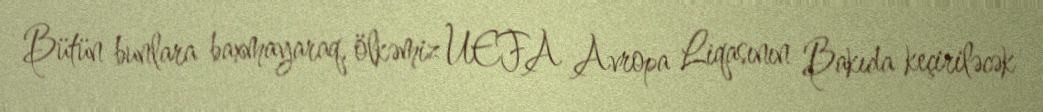
Bütün bunlara baxmayaraq, ölkəmiz UEFA Avropa Liqasının Bakıda keçiriləcək